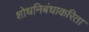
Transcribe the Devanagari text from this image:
शोधनिबंधाकरिता